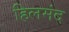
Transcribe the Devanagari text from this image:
हिलमंद